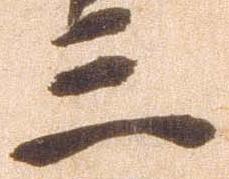
三